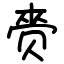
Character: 赍